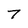
Character: 7